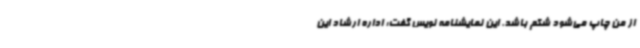
از من چاپ می‌شود شکم باشد. این نمایشنامه نویس گفت: اداره ارشاد این